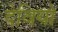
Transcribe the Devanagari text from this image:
देवियो